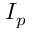
I _ { p }